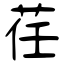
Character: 荏